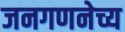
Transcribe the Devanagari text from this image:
जनगणनेच्य